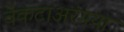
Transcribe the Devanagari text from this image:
वेंकटाअरंगया